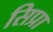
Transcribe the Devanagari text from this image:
सिप्रा